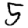
Digit: 5